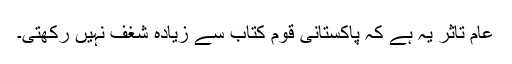
عام تاثر یہ ہے کہ پاکستانی قوم کتاب سے زیادہ شغف نہیں رکھتی۔